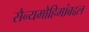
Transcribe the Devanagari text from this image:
सैन्यमोहिमांबद्दल